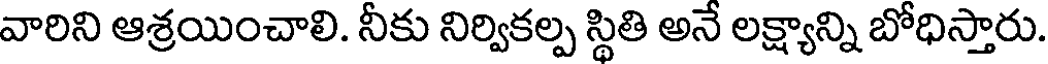
వారిని ఆశ్రయించాలి. నీకు నిర్వికల్ప స్థితి అనే లక్ష్యాన్ని బోధిస్తారు.